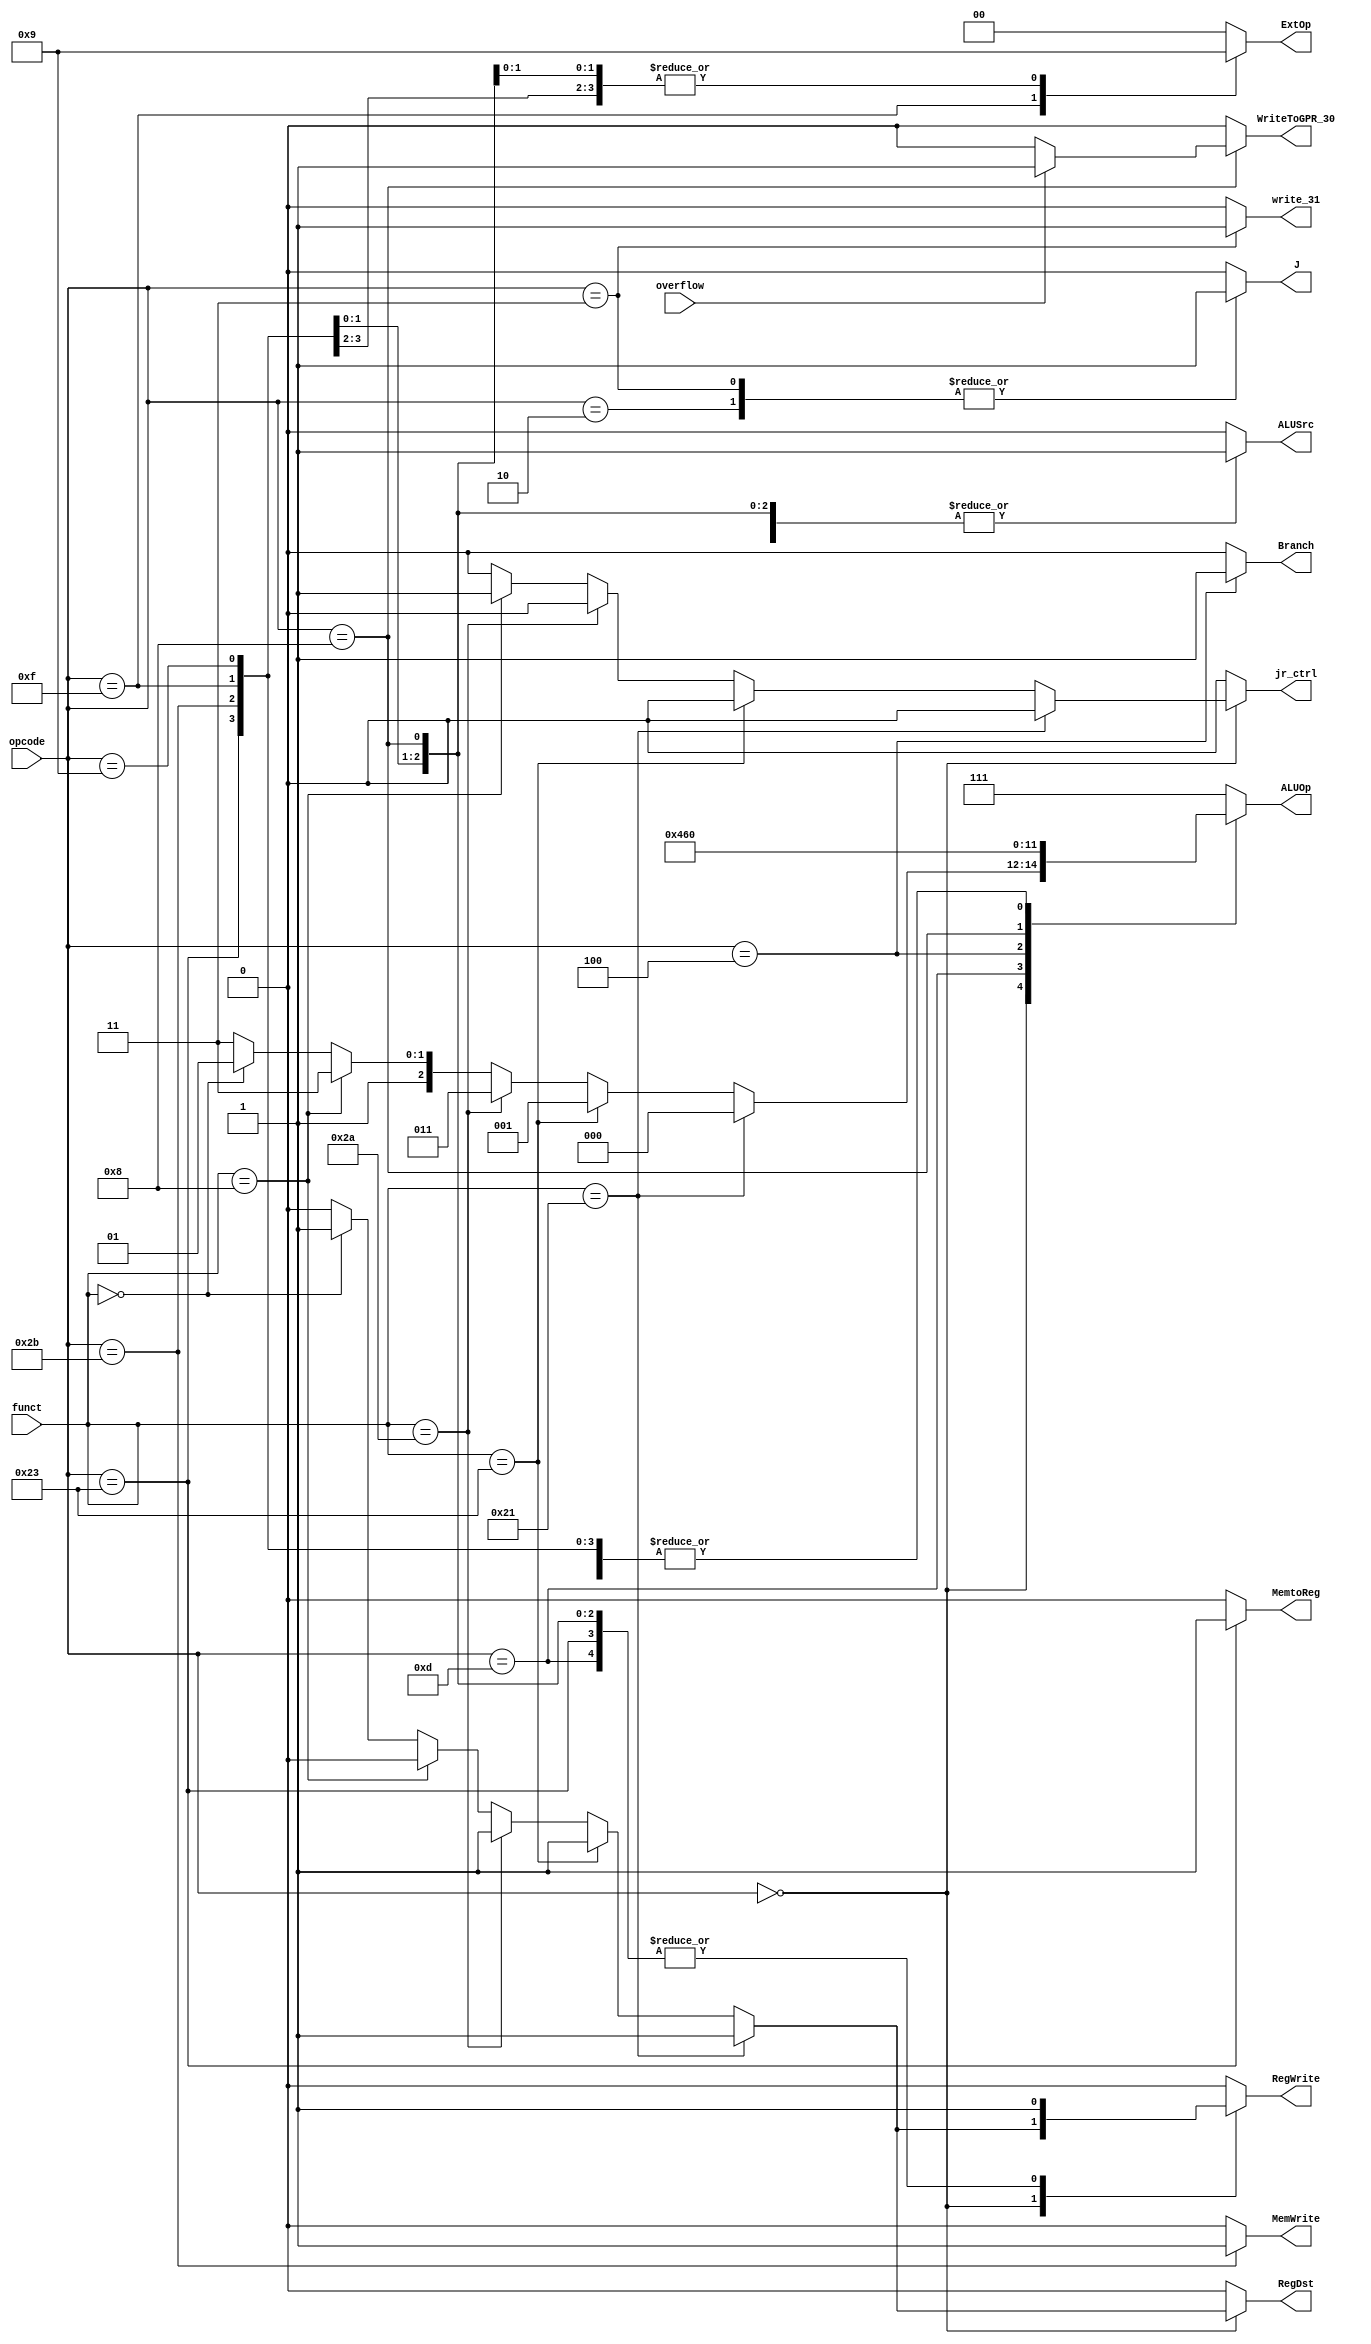
module controller(opcode, funct, RegDst, RegWrite, ALUSrc, MemtoReg, MemWrite, Branch, ALUOp, ExtOp, J, overflow, WriteToGPR_30, jr_ctrl, write_31);
  input [5:0] opcode;
  input [5:0] funct;
  input overflow;
  //RegDst 1:rd, 0:rt; RegWrite 1:enable, 0:disable; ALUSrc 1:ext, 0:B; 
  //MemtoReg 1:dm, 0:alu; MemWrite 1:enable, 0:disable; Branch 1:beq, 0:not beq
  output reg RegDst, RegWrite, ALUSrc, MemtoReg, MemWrite, Branch, J;
  output reg [2:0] ALUOp;//ALUOp 000:+, 001:-, 010:||, 011:slt
  output reg [1:0] ExtOp;//ExtOp 00:0, 01:sign, 10:lui
  output  WriteToGPR_30;//1:addi overflow, write 1 to gpr_30
  output reg jr_ctrl;
  output write_31;//1:jal, save pc+4 to gpr_31

  assign WriteToGPR_30 = (opcode == 6'b001000) ? ((overflow == 1) ? 1 : 0) : 0;
  assign write_31 = (opcode == 6'b000011) ? 1 : 0;
  
  always@(opcode, funct)
  begin
    case(opcode)
      6'b000000:
        begin
          if(funct==6'b100001)//addu
            begin
              RegDst = 1'b1;
              RegWrite = 1'b1;
              ALUSrc = 1'b0;
              MemtoReg = 1'b0;
              MemWrite = 1'b0;
              Branch = 1'b0;
              ALUOp = 3'b000;
              ExtOp = 2'b00;
              J = 1'b0;
              jr_ctrl = 1'b0;
            end
          else if(funct == 6'b100011)//subu
            begin
              RegDst = 1'b1;
              RegWrite = 1'b1;
              ALUSrc = 1'b0;
              MemtoReg = 1'b0;
              MemWrite = 1'b0;
              Branch = 1'b0;
              ALUOp = 3'b001;
              ExtOp = 2'b00;
              J = 1'b0;
              jr_ctrl = 1'b0;
            end
            
          else if(funct == 6'b101010)//slt
            begin
              RegDst = 1'b1;
              RegWrite = 1'b1;
              ALUSrc = 1'b0;
              MemtoReg = 1'b0;
              MemWrite = 1'b0;
              Branch = 1'b0;
              ALUOp = 3'b011;
              ExtOp = 2'b00;
              J = 1'b0;
              jr_ctrl = 1'b0;
            end
            
          else if(funct == 6'b001000)//jr
            begin
              RegDst = 1'b0;
              RegWrite = 1'b0;
              ALUSrc = 1'b0;
              MemtoReg = 1'b0;
              MemWrite = 1'b0;
              Branch = 1'b0;
              ALUOp = 3'b111;
              ExtOp = 2'b00;
              J = 1'b0;
              jr_ctrl = 1'b1;
            end
          
          else if(funct == 6'b000000)//sll
            begin
              RegDst = 1'b1;
              RegWrite = 1'b1;
              ALUSrc = 1'b0;
              MemtoReg = 1'b0;
              MemWrite = 1'b0;
              Branch = 1'b0;
              ALUOp = 3'b101;
              ExtOp = 2'b00;
              J = 1'b0;
              jr_ctrl = 1'b0;
            end
            
            
          else  //  prevent invalid operation
            begin
              RegDst = 1'b0;
              RegWrite = 1'b0;
              ALUSrc = 1'b0;
              MemtoReg = 1'b0;
              MemWrite = 1'b0;
              Branch = 1'b0;
              ALUOp = 3'b111;  //alu_op=0 -> alu_out = 0
              ExtOp = 2'b00;
              J = 1'b0;
              jr_ctrl = 1'b0;
            end
        end
      
      6'b001101:  //  ori
        begin
          RegDst = 1'b0;
          RegWrite = 1'b1;
          ALUSrc = 1'b1;
          MemtoReg = 1'b0;
          MemWrite = 1'b0;
          Branch = 1'b0;
          ALUOp = 3'b010;
          ExtOp = 2'b00;
          J = 1'b0;
          jr_ctrl = 1'b0;
        end
        
      6'b100011:  //  lw
        begin
          RegDst = 1'b0;
          RegWrite = 1'b1;
          ALUSrc = 1'b1;
          MemtoReg = 1'b1;
          MemWrite = 1'b0;
          Branch = 1'b0;
          ALUOp = 3'b000;
          ExtOp = 2'b01;
          J = 1'b0;
          jr_ctrl = 1'b0;
        end
        
      6'b101011:  //  sw
        begin
          RegDst = 1'b0;
          RegWrite = 1'b0;
          ALUSrc = 1'b1;
          MemtoReg = 1'b0;
          MemWrite = 1'b1;
          Branch = 1'b0;
          ALUOp = 3'b000;
          ExtOp = 2'b01;
          J = 1'b0;
          jr_ctrl = 1'b0;
        end
        
      6'b000100:  //  beq
        begin
          RegDst = 1'b0;
          RegWrite = 1'b0;
          ALUSrc = 1'b0;
          MemtoReg = 1'b0;
          MemWrite = 1'b0;
          Branch = 1'b1;
          ALUOp = 3'b001;
          ExtOp = 2'b00;
          J = 1'b0;
          jr_ctrl = 1'b0;
        end
        
      6'b001111:  //  lui
        begin
          RegDst = 1'b0;
          RegWrite = 1'b1;
          ALUSrc = 1'b1;
          MemtoReg = 1'b0;
          MemWrite = 1'b0;
          Branch = 1'b0;
          ALUOp = 3'b000;
          ExtOp = 2'b10;
          J = 1'b0;
          jr_ctrl = 1'b0;
        end
        
      6'b000010:  //  j
        begin
          RegDst = 1'b0;
          RegWrite = 1'b0;
          ALUSrc = 1'b0;
          MemtoReg = 1'b0;
          MemWrite = 1'b0;
          Branch = 1'b0;
          ALUOp = 3'b000;
          ExtOp = 2'b00;
          J = 1'b1;
          jr_ctrl = 1'b0;
        end
        
      6'b001000:  //  addi
        begin
          RegDst = 1'b0;  // rt
          RegWrite = 1'b1;
          ALUSrc = 1'b1;
          MemtoReg = 1'b0;
          MemWrite = 1'b0;
          Branch = 1'b0;
          ALUOp = 3'b100;
          ExtOp = 2'b01;
          J = 1'b0;
          jr_ctrl = 1'b0;
            
        end
      
      6'b001001:  //  addiu
        begin
          RegDst = 1'b0;
          RegWrite = 1'b1;
          ALUSrc = 1'b1;
          MemtoReg = 1'b0;
          MemWrite = 1'b0;
          Branch = 1'b0;
          ALUOp = 3'b000;
          ExtOp = 2'b01;
          J = 1'b0;
          jr_ctrl = 1'b0;
        end
        
      6'b000011:  //  jal
        begin
          RegDst = 1'b0;
          RegWrite = 1'b0;
          ALUSrc = 1'b0;
          MemtoReg = 1'b0;
          MemWrite = 1'b0;
          Branch = 1'b0;
          ALUOp = 3'b111;
          ExtOp = 2'b00;
          J = 1'b1;
          jr_ctrl = 1'b0;
          
        end
      

        
      default:  //  prevent invalid operation
        begin
          RegDst = 1'b0;
          RegWrite = 1'b0;
          ALUSrc = 1'b0;
          MemtoReg = 1'b0;
          MemWrite = 1'b0;
          Branch = 1'b0;
          ALUOp = 3'b111;
          ExtOp = 2'b00;
          J = 1'b0;
          jr_ctrl = 1'b0;
        end
        
    endcase
  
  end
  
endmodule